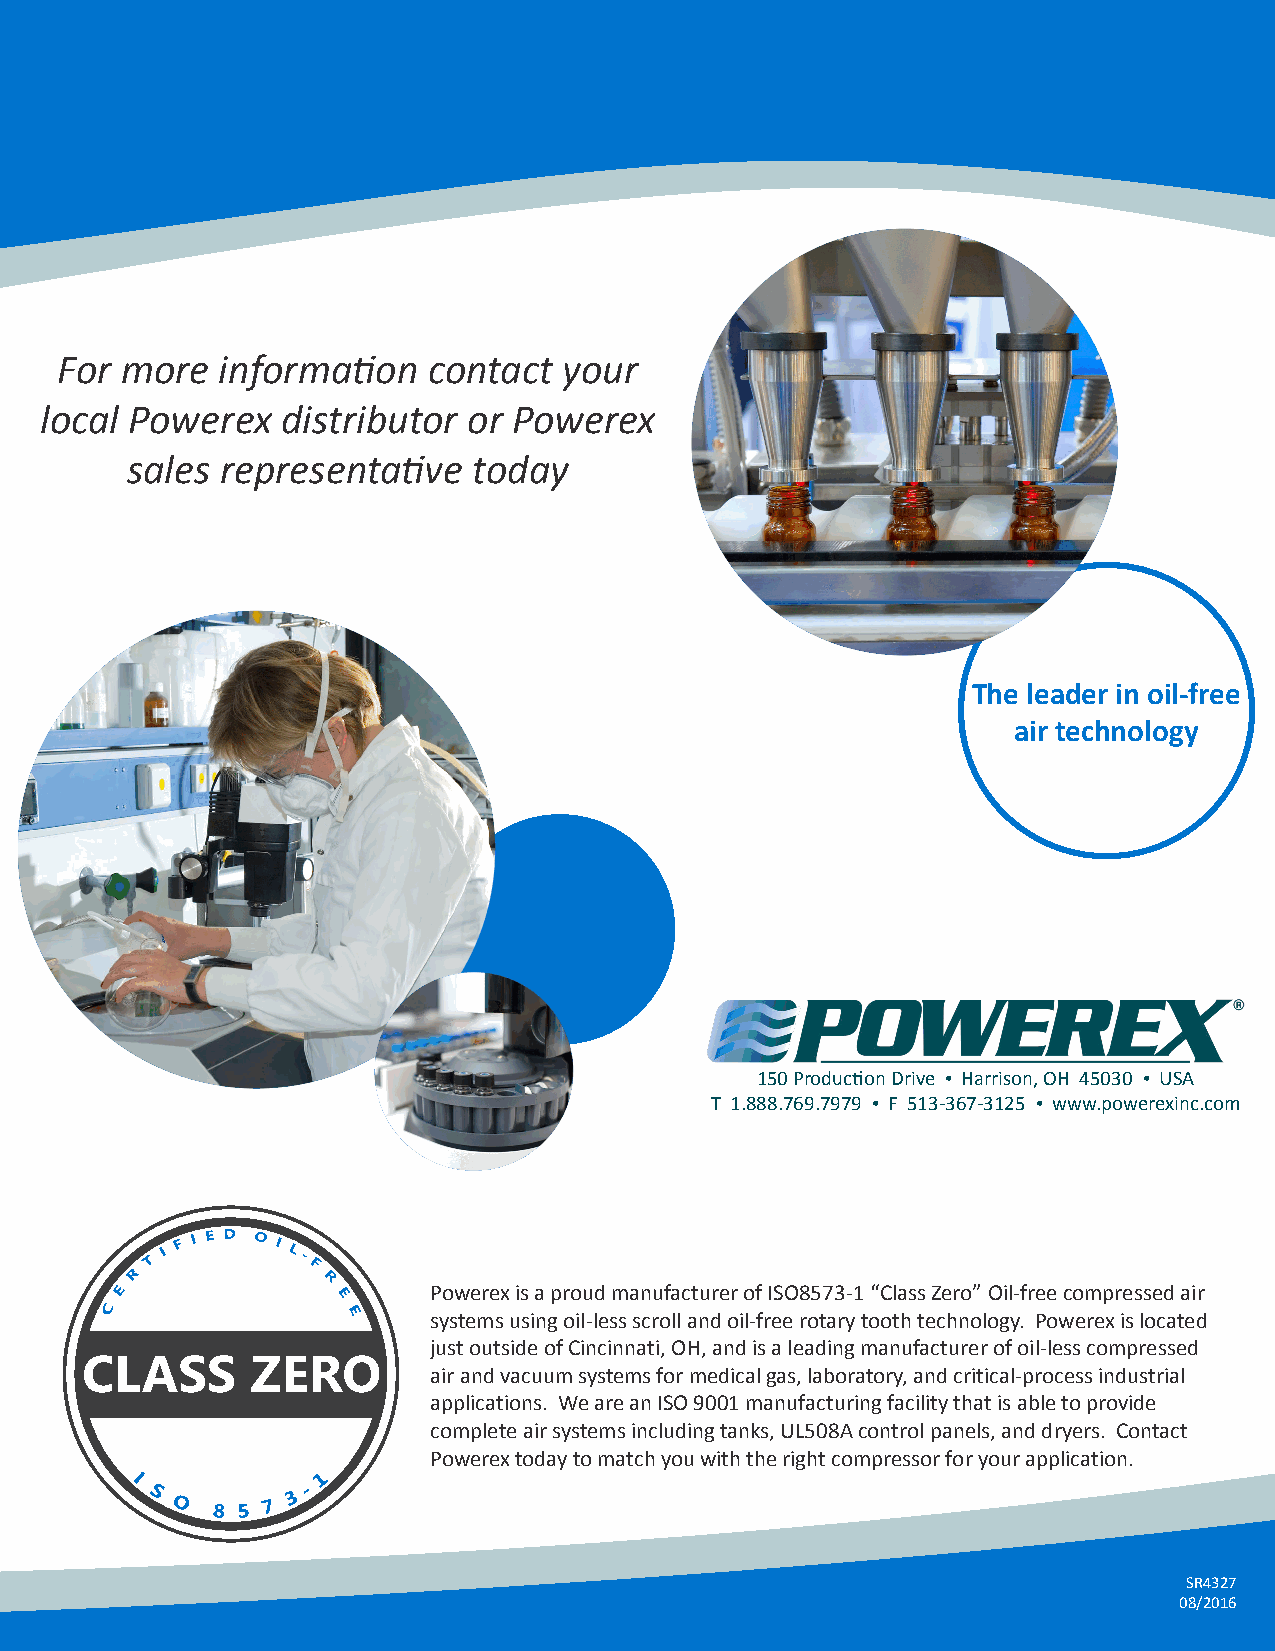
For more  information   contact  your
 local Powerex   distributor or Powerex
 sales  representative  today
 The leader in oil-free
 air technology
 150 Production Drive • Harrison, OH 45030 • USA
 T 1.888.769.7979 • F 513-367-3125 • www.powerexinc.com
 Powerex is a proud manufacturer of ISO8573-1 “Class Zero” Oil-free compressed air
 systems using oil-less scroll and oil-free rotary tooth technology. Powerex is located
 just outside of Cincinnati, OH, and is a leading manufacturer of oil-less compressed
 air and vacuum systems for medical gas, laboratory, and critical-process industrial
 applications. We are an ISO 9001 manufacturing facility that is able to provide
 complete air systems including tanks, UL508A control panels, and dryers. Contact
 Powerex today to match you with the right compressor for your application.
 SR4327
 08/2016